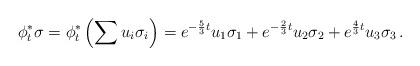
LaTeX: \begin{align*}\phi_t^*\sigma= \phi_t^*\left(\sum u_{i}\sigma_i\right)= e^{-\frac53t}u_1\sigma_1+e^{-\frac23t}u_2\sigma_2+e^{\frac43t}u_3\sigma_3\,.\end{align*}